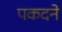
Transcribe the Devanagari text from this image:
पकदने